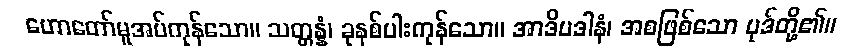
ဟောတော်မူအပ်ကုန်သော။ သတ္တန္နံ၊ ခုနစ်ပါးကုန်သော။ အာဒိပဒါနံ၊ အစဖြစ်သော ပုဒ်တို့၏။